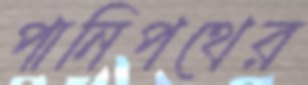
পানিপথের